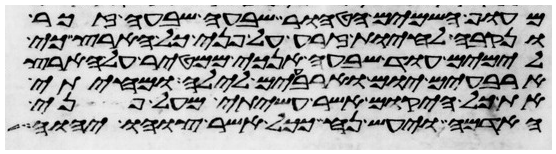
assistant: מעוף השמים הטהור שבעה שבעה זכר
ונקבה להחיות זרע על פני כל הארץ כי
לימים עוד שבעה אנכי ממטיר על הארץ
ארבעים יום וארבעים לילה ומחיתי
את כל היקום אשר עשיתי מעל פני
האדמה ויעש נח ככל אשר צוהו יהוה